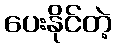
ပေးနိုင်တဲ့